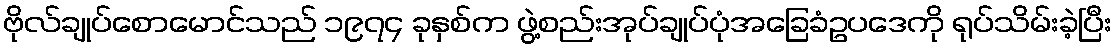
ဗိုလ်ချုပ်စောမောင်သည် ၁၉၇၄ ခုနှစ်က ဖွဲ့စည်းအုပ်ချုပ်ပုံအခြေခံဥပဒေကို ရုပ်သိမ်းခဲ့ပြီး